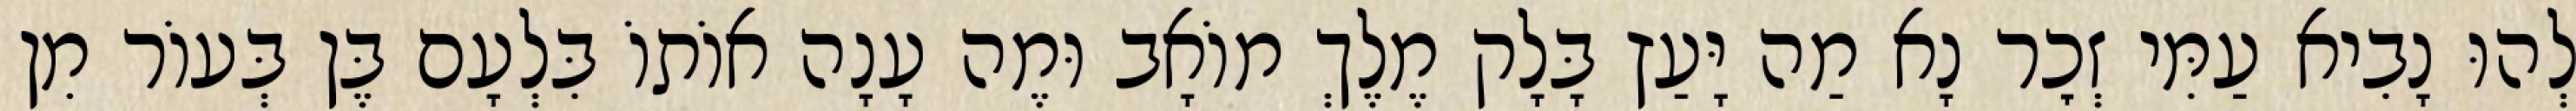
לְהוּ נָבִיא עַמִּי זְכׇר נָא מַה יָּעַץ בָּלָק מֶלֶךְ מוֹאָב וּמֶה עָנָה אוֹתוֹ בִּלְעָם בֶּן בְּעוֹר מִן